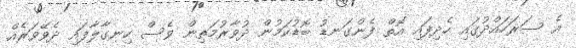
އެ ސަރަހައްދުގައި ހެދިފައި އޮތް ފެންގަނޑު ބޮޑުކަމުން ދުވާރުމަތިން ވެސް ހިނގާލާފައި ދެވޭވަރެއް